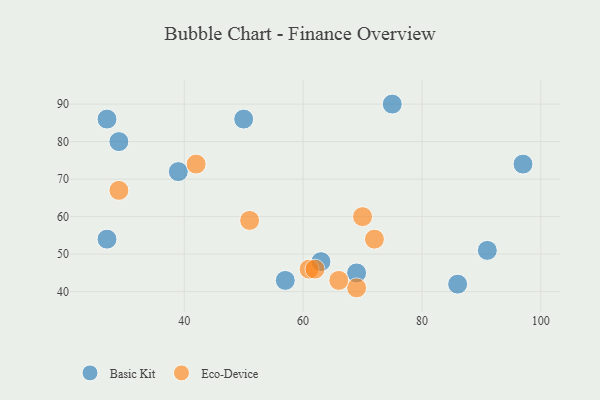
{"axis": {"x": "GDP", "y": "Life Expectancy"}, "legend": ["Basic Kit", "Eco-Device"], "data": [{"x": "86", "y": 42, "type": "Basic Kit"}, {"x": "27", "y": 86, "type": "Basic Kit"}, {"x": "63", "y": 48, "type": "Basic Kit"}, {"x": "91", "y": 51, "type": "Basic Kit"}, {"x": "97", "y": 74, "type": "Basic Kit"}, {"x": "75", "y": 90, "type": "Basic Kit"}, {"x": "57", "y": 43, "type": "Basic Kit"}, {"x": "27", "y": 54, "type": "Basic Kit"}, {"x": "69", "y": 45, "type": "Basic Kit"}, {"x": "50", "y": 86, "type": "Basic Kit"}, {"x": "29", "y": 80, "type": "Basic Kit"}, {"x": "39", "y": 72, "type": "Basic Kit"}, {"x": "29", "y": 67, "type": "Eco-Device"}, {"x": "51", "y": 59, "type": "Eco-Device"}, {"x": "42", "y": 74, "type": "Eco-Device"}, {"x": "61", "y": 46, "type": "Eco-Device"}, {"x": "62", "y": 46, "type": "Eco-Device"}, {"x": "69", "y": 41, "type": "Eco-Device"}, {"x": "70", "y": 60, "type": "Eco-Device"}, {"x": "72", "y": 54, "type": "Eco-Device"}, {"x": "66", "y": 43, "type": "Eco-Device"}]}